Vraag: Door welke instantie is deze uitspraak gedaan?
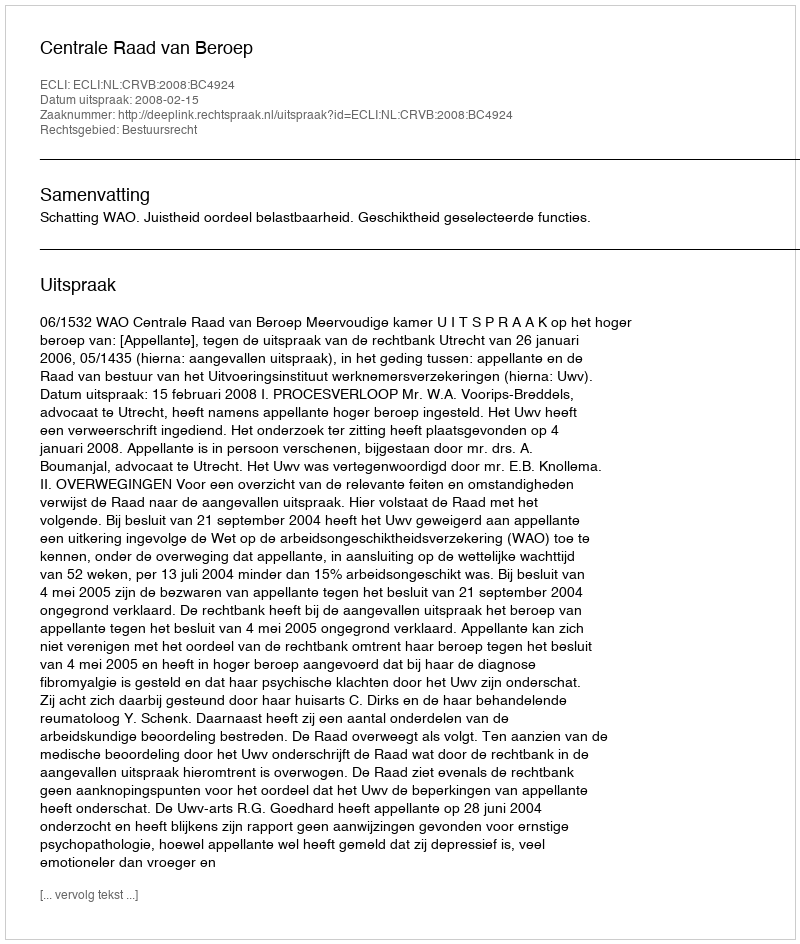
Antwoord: Centrale Raad van Beroep